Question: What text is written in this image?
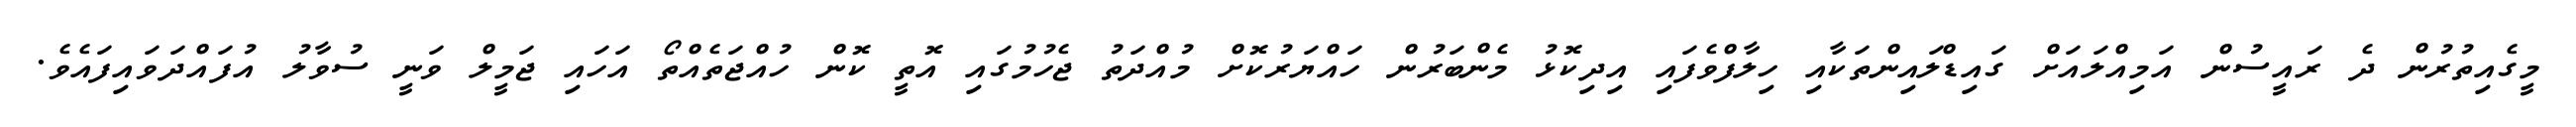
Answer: މީގެއިތުރުން ދެ ރައީސުން އަމިއްލައަށް ގައިޑްލައިންތަކާއި ހިލާފްވެފައި އިދިކޮޅު މެންބަރުން ހައްޔަރުކޮށް މުއްދަތު ޖެހުމުގައި އޮތީ ކޮން ހުއްޖަތެއްތޯ އަހައި ޖަމީލް ވަނީ ސުވާލު އުފައްދަވައިފައެވެ.